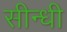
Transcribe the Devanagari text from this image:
सीन्धी